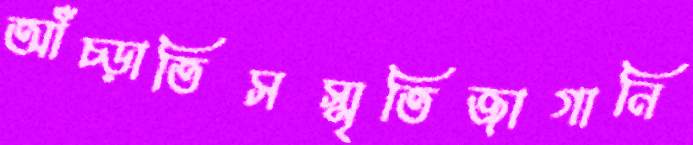
আঁচ্‌ড়াতিসস্মৃতিজাগানি